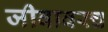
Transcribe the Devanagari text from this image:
जीवावरच